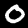
Label: 0